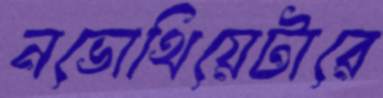
নভোথিয়েটারে